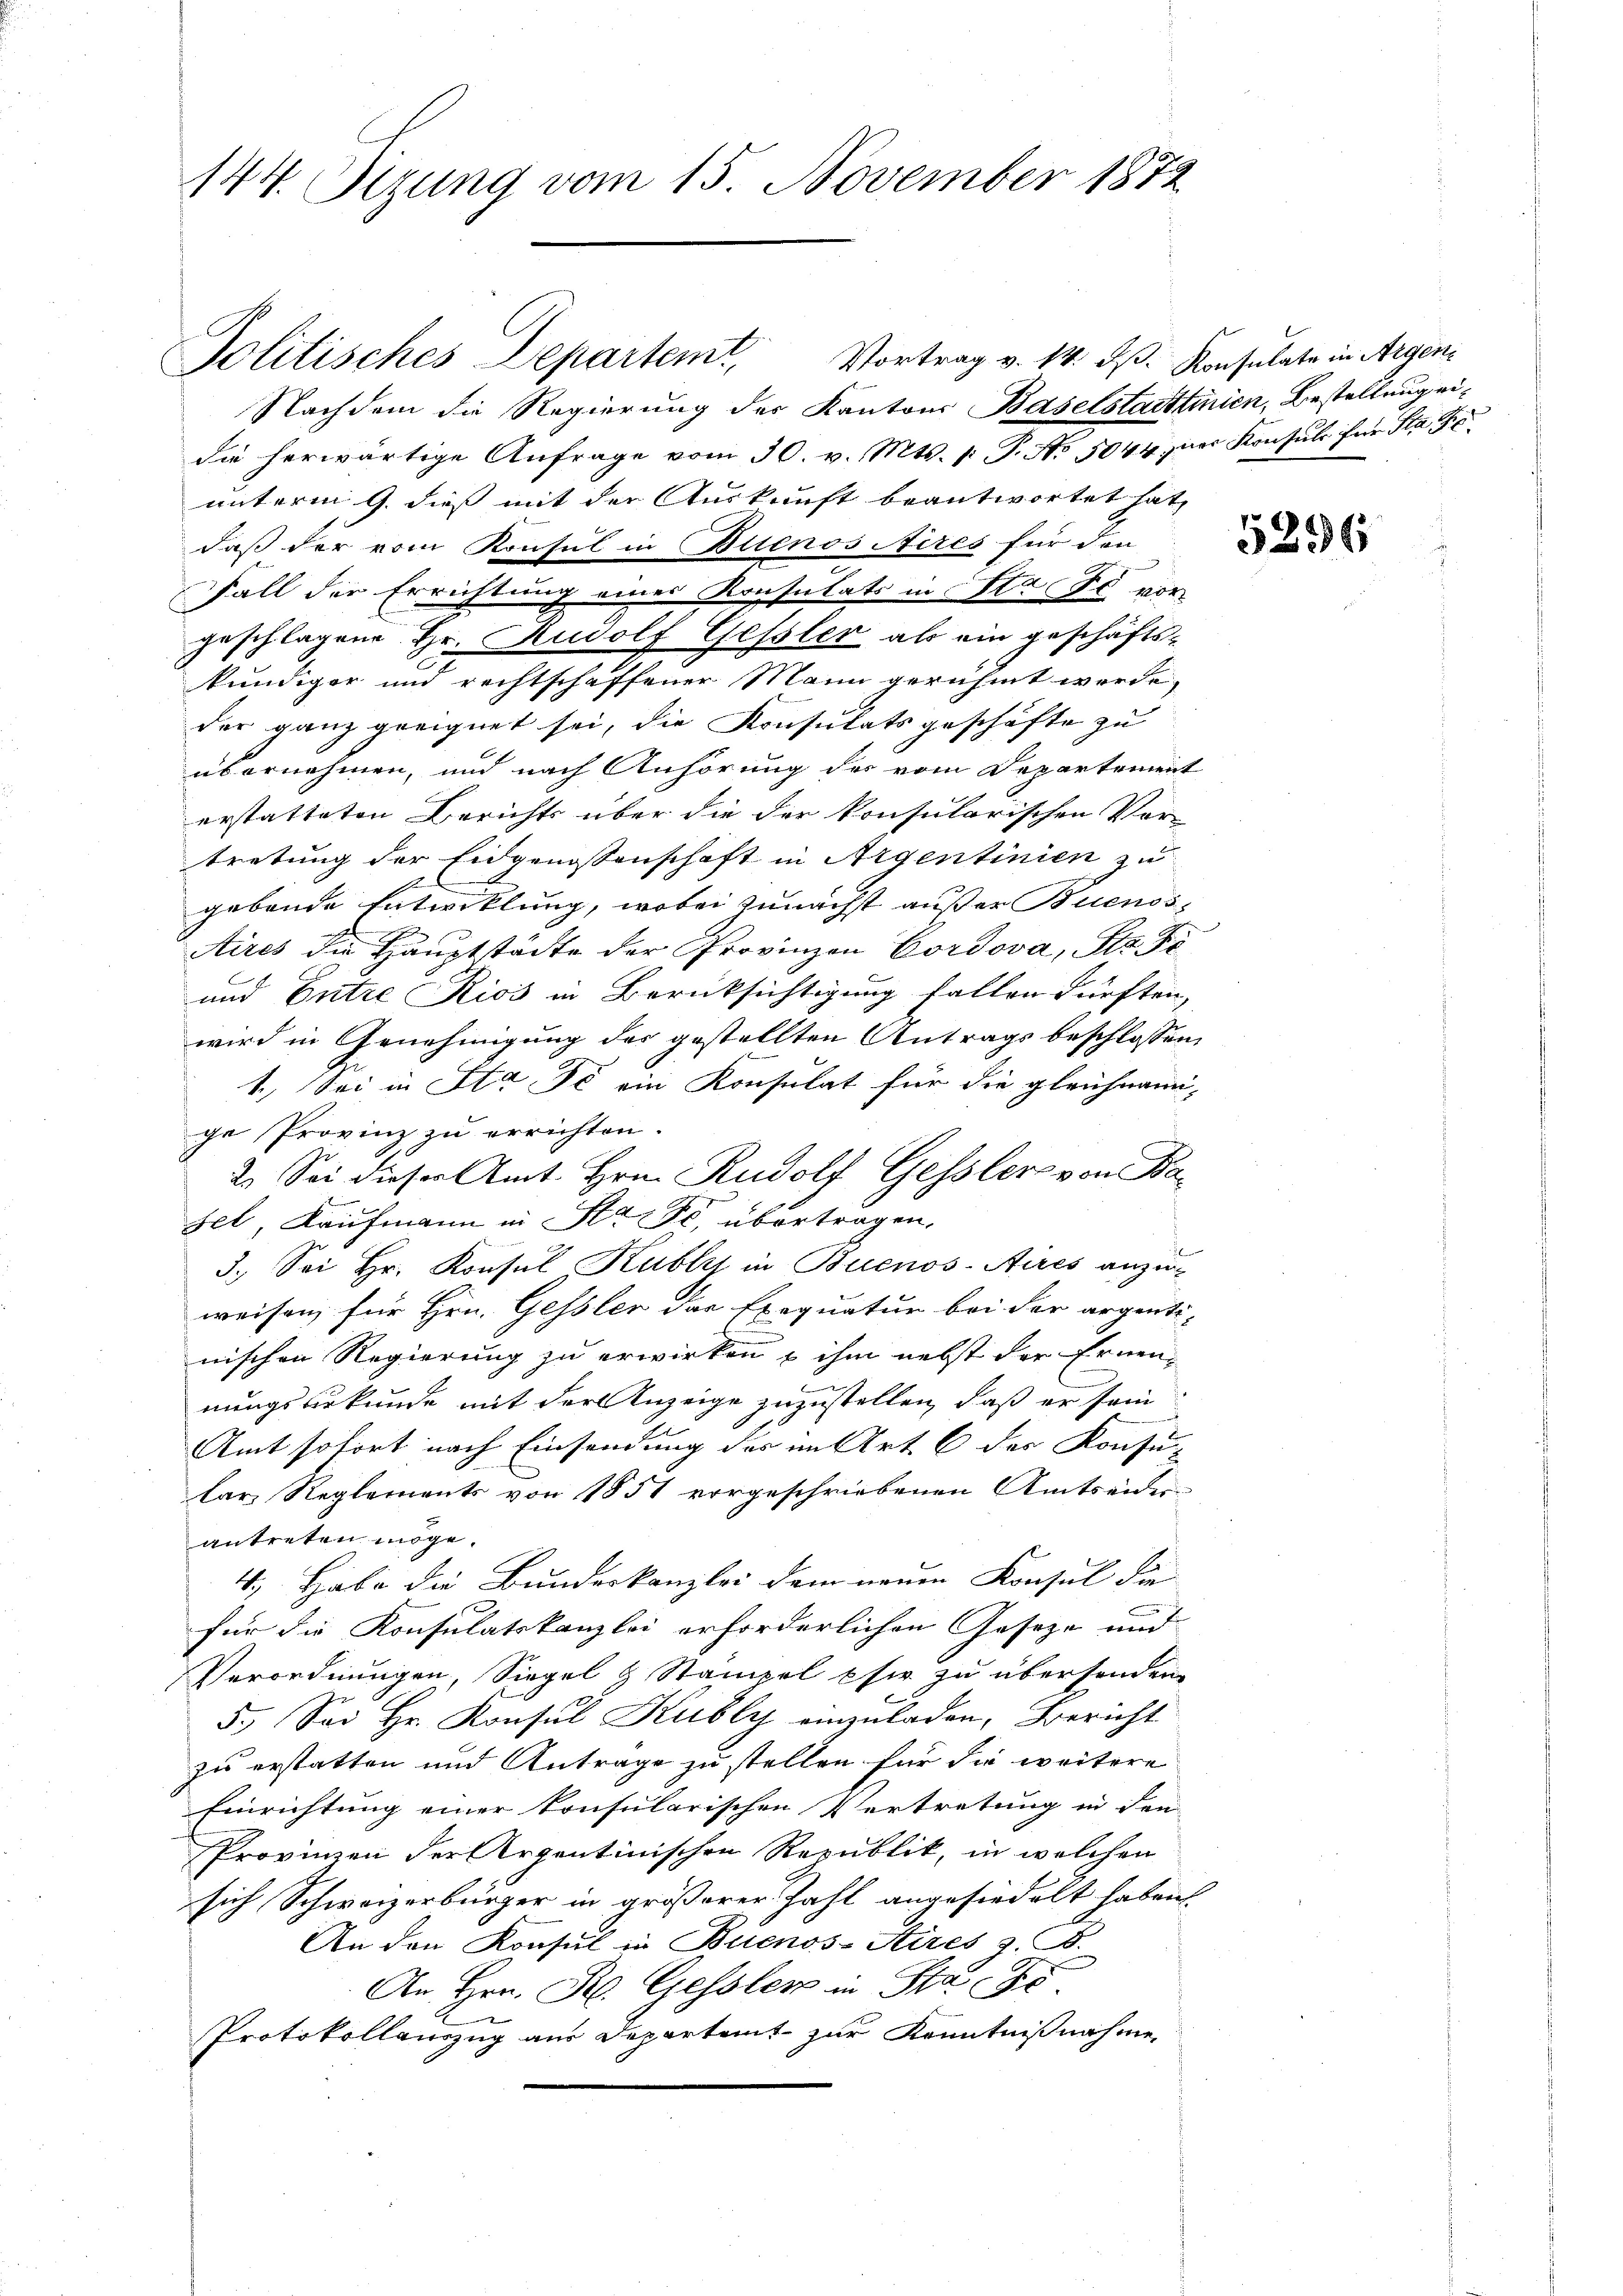
144. Sizung vom 15. November 1872

Politisches Departemt, Vortrag v. 14. ds. Konsulate in Argen
Nachdem die Regierung der Kantons Baselstattinien, Bestellung eidie herwärtige Anfrage vom 30. v. Mts. p. T. No 5044 paar Konsuls für Sta
unterm 9. dieß mit der Auskunft beantwortet hat,
daß der vom Konsul in Buenos Aires für den
Fall der Errichtung eines Konsulats in Sta Fe vor
geschlagene Hr. Rudolf Gessler als ein geschäfts-
kundiger und rechtschaffener Mann gerühmt werde,
der ganz geeignet sei, die Konsulatsgeschäfte zu
übernehmen, und nach Anhörung des vom Departement
erstatteten Berichts über die der konsularischen Vor-
tretung der Eidgenossenschaft in Argentinien zu
gebende Entwicklung, wobei zunächst außer Buenos¬
Aires die Hauptstädte der Provinzen Cordova, Str. Fi
und Entre Kios in Berücksichtigung fallen dürften,
wird in Genehmigung des gestellten Antrags beschlossen,
1.) Sei in Sta de ein Konsulat für die gleichnami-
ge Provinz zu errichten.
2. Sei dieser Amt. Hrn. Rudolf Gessler von Ba¬
Fel, Kaufmann in Stadt, übertragen.
3. Sei Hr. Konsul Kubli in Buenos-Aires anzu-
weisen, für Hrn. Gessler das Exequatur bei der argenti-
nischen Regierung zu erwirken & ihm nebst der Ernennungsurkunde mit der Anzeige zuzustellen, daß er sein
5
Amt sofort nach Einsendung der im Art. 6 des Konsu-
lar Reglements von 1851 vorgeschriebenen Amtseider
antreten möge.
4.) Habe die Bundeskanzlei dem neuen Konsul die
für die Konsulatskanzlei erforderlichen Geseze und
Verordnungen, Siegel & Stampel pfir zu übersenden
5.) Sei Hr. Konsul Kubly einzuladen, Bericht
zu erstatten und Antrage zu stellen für die weitere
Einrichtung einer konsularischen Vertretung in den
Provinen der Arzentinischen Republik, in welchen
sich Schweizerbürger in größerer Zahl angesiedelt haben.
An den Konsul in Buenos-Sires z. B.
An Hrn. Fr. Gessler in Sta
Protokollanzug aus Departamt zur Kenntnißnahme

5296